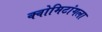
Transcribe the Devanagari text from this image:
क्वोमिटांगला